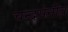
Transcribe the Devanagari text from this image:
चन्द्रसेनीय